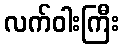
လက်ဝါးကြီး